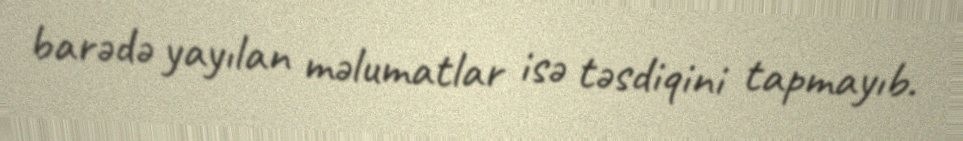
barədə yayılan məlumatlar isə təsdiqini tapmayıb.